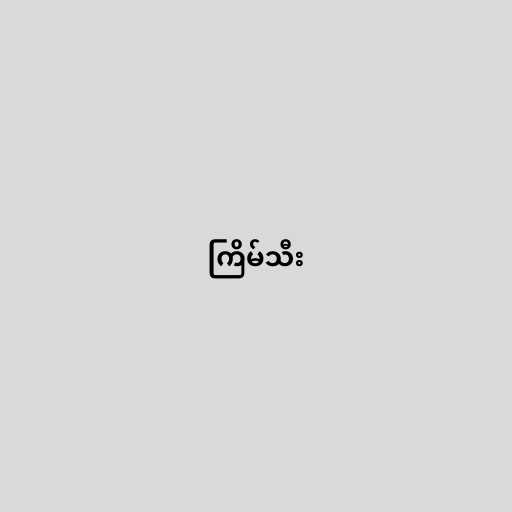
ကြိမ်သီး